Janeda_(Ambla)_vallavalitsus, lk 50
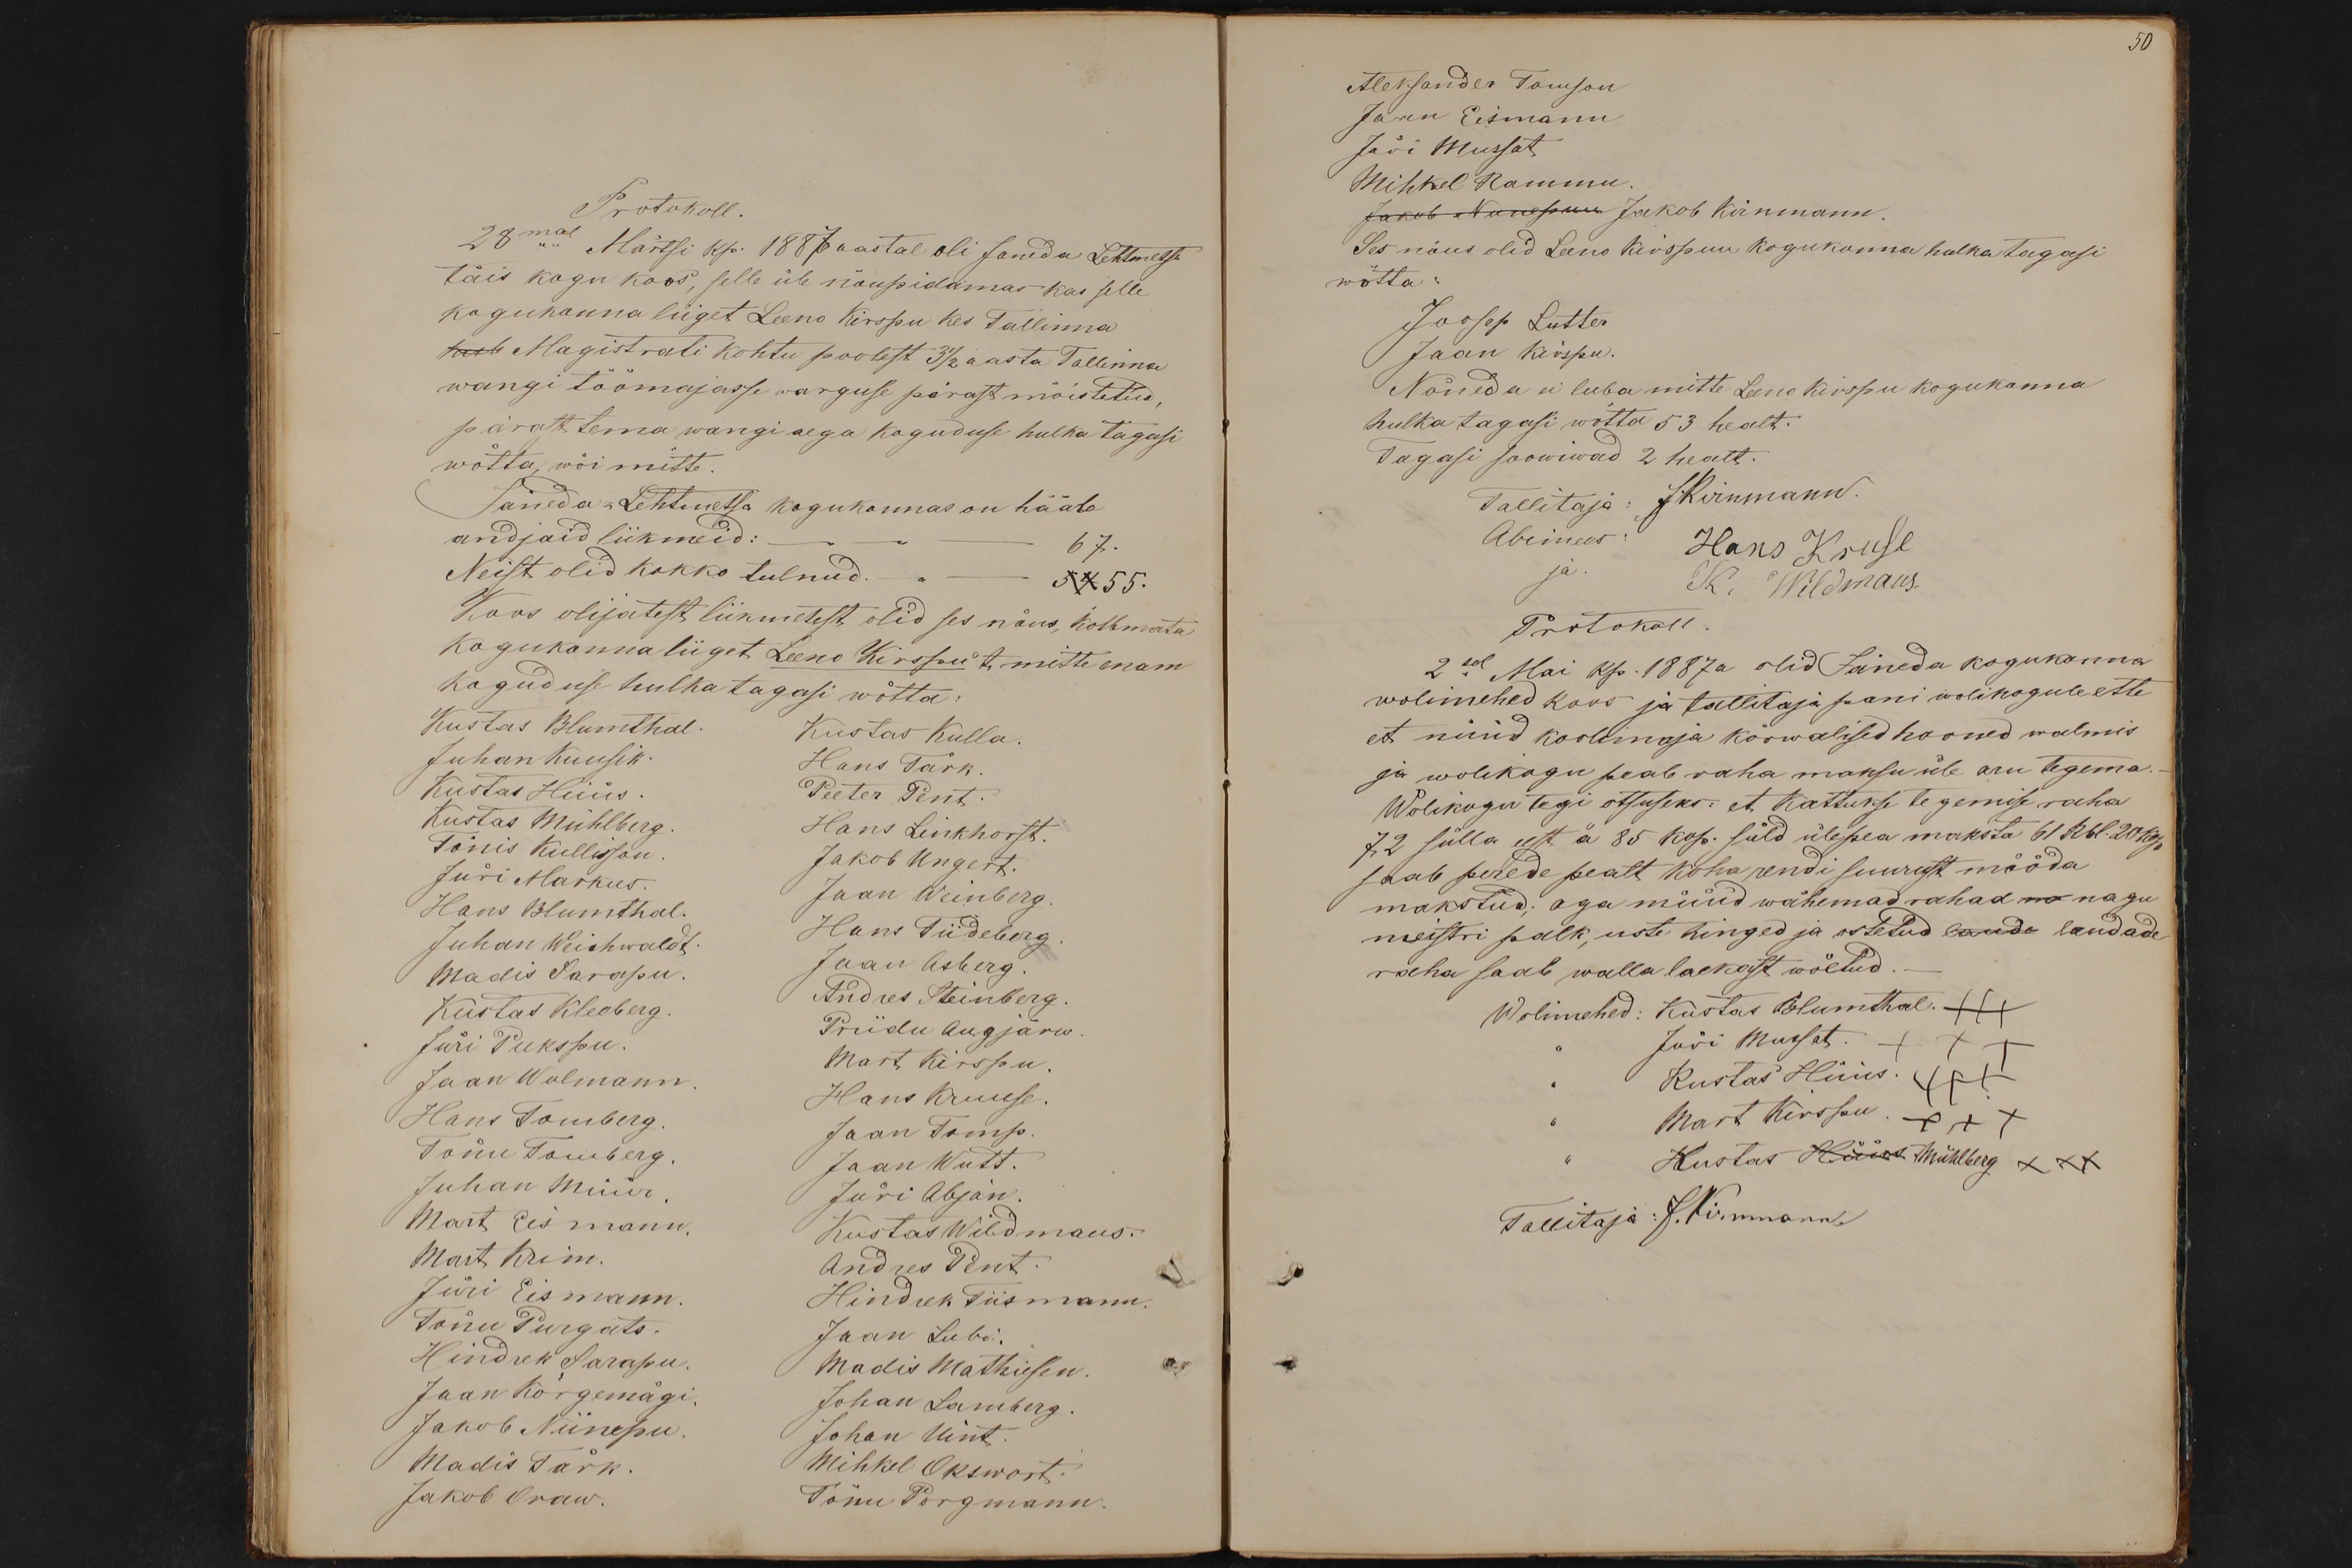
Protokoll.
28mal Märtsi kp. 1887 aastal oli Janeda Lehtmetsa
täis kogu koos, selle üle nõupidamas kas selle
kogukonna liiget Leeno Kirspu kes Tallinna
kub Magistrali kohtu poolest 3 1/2 aasta Tallinna
wangi töömajasse warguse pärast mõistetud,
pärast tema wangi aega koguduse hulka tagasi
wõtta, wõi mitte.
Jäneda-Lehtmetsa kogukonnas on hääle
andjaid liikmeid: -" - 67.
Neist olid kokko tulnud. " - 54 55.
Koos olijatest liikmetest olid ses nõus, kolbmata
kogukonnaliiget Leeno Kirspu't mitte enam
koguduse hulka tagasi wõtta.
Kustas Blumthal
Kustas Kulla.
Juhan Kuusik
Hans Tark.
Kustas Hüüs
Peeter Pent.
Kustas Mühlberg
Hans Linkhorst
Tõnis Kullisson
Jakob Ungert.
Jüri Markus.
Hans Blumthal.
Jaan Weinberg.
Juhan Weichwaldt.
Hans Tiideberg
Madis Sarapu.
Jaan Asberg.
Kustas Kleeberg
Andres Steinberg
Priidu Augjärw
Jüri Pukspu.
Mart Kirspu
Jaan Wolmann
Hans Kruuse
Hans Tomberg.
Jaan Tomp.
Tõnu Tomberg
Jaan Wutt.
Juhan Müür
Jüri Abjan.
Mart Eismann.
Kustas Wildmaus.
Mart Krim.
Andres Pent.
Jüri Eismann
Hindrek Tiismann.
Tõnu Purgats.
Jaan Lubi.
Hindrek Sarapu
Madis Mathiesen
Jaan Kõrgemägi
Johan Lamberg.
Jakob Niinepu
Johan Uint.
Madis Tark
Mihkel Okswort.
Jakob Oraw.
Tõnu Porgmann.

50
Aleksander Tomson
Jaan Eismann
Jüri Mussat
Mihkel Rammu.
Jakob Niinepuu Jakob Kirnmann.
Ses nõus olid Leeno Kirspuu kogukonna hulka tagasi
wõtta:
Joosep Lutter
Jaan Kirspu.
Nõneda ei luba mitte Leeno Kirspu kogukonna
hulka tagasi wõtta 53 healt.
Tagasi soowiwad 2 healt.
Tallitaja: J.Kirnmann.
Abimees: Hans Kruse
ja. K. Wildmaus.
Protokoll.
2sel Mai kp. 1887a olid Jäneda kogukonna
wolimehed koos ja tallitaja pani wolikogule ette
et nüüd koolimaja kõrwalised hooned walmis
ja wolikogu peab raha maksu üle aru tegema
Wolikogu tegi otsuseks: et kattukse tegemise raha
72 sülla eest à 85 kop. süld ülepea maksta 61 Rbl.20 Kop
saab perede pealt koha rendi suurust mööda
makstud; aga müüd wähemad rahad mo nagu
meistri palk, uste hinged ja ostetud lauda laudade
raha saab walla laekast wõetud.
Wolimehed: Kustas Blumthal +++
" Jüri Mussat. +++
Kustas Hüüs. +++
Mart Kirspu +++
" Kustas Hüüs Mühlberg XXX
Tallitaja: J. Kirnmann.